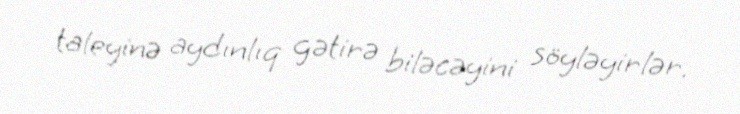
taleyinə aydınlıq gətirə biləcəyini söyləyirlər.